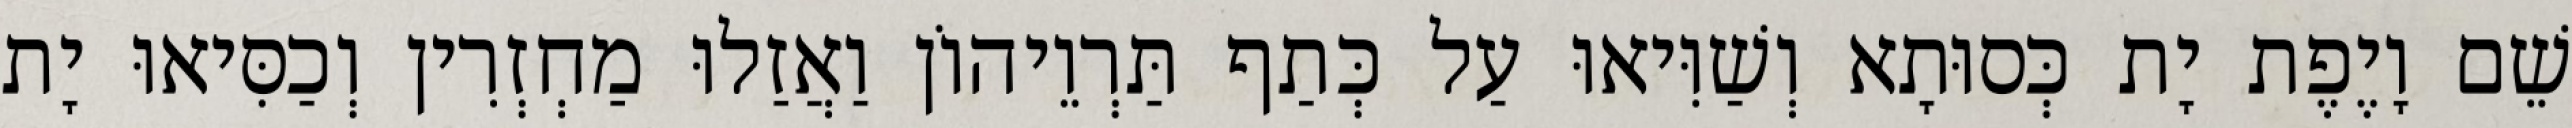
שֵׁם וָיֶפֶת יָת כְּסוּתָא וְשַׁוִּיאוּ עַל כְּתַף תַּרְוֵיהוֹן וַאֲזַלוּ מַחְזְרִין וְכַסִּיאוּ יָת